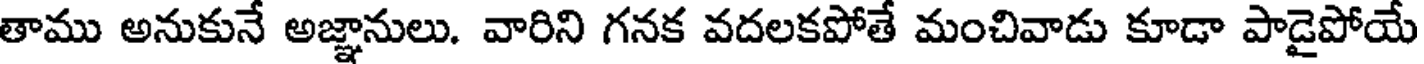
తాము అనుకునే అజ్ఞానులు. వారిని గనక వదలకపోతే మంచివాడు కూడా పాడైపోయే